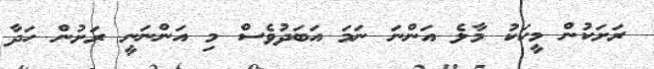
ރަށަކުން މީހަކު މާލެ އަންނަ ނަމަ އަބަދުވެސް މި އަންނަނީ ރަށުން ހަދާ